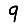
Digit: 9